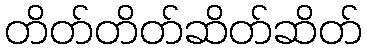
တိတ်တိတ်ဆိတ်ဆိတ်